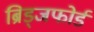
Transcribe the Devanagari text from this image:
ब्रिड्जफोर्ड